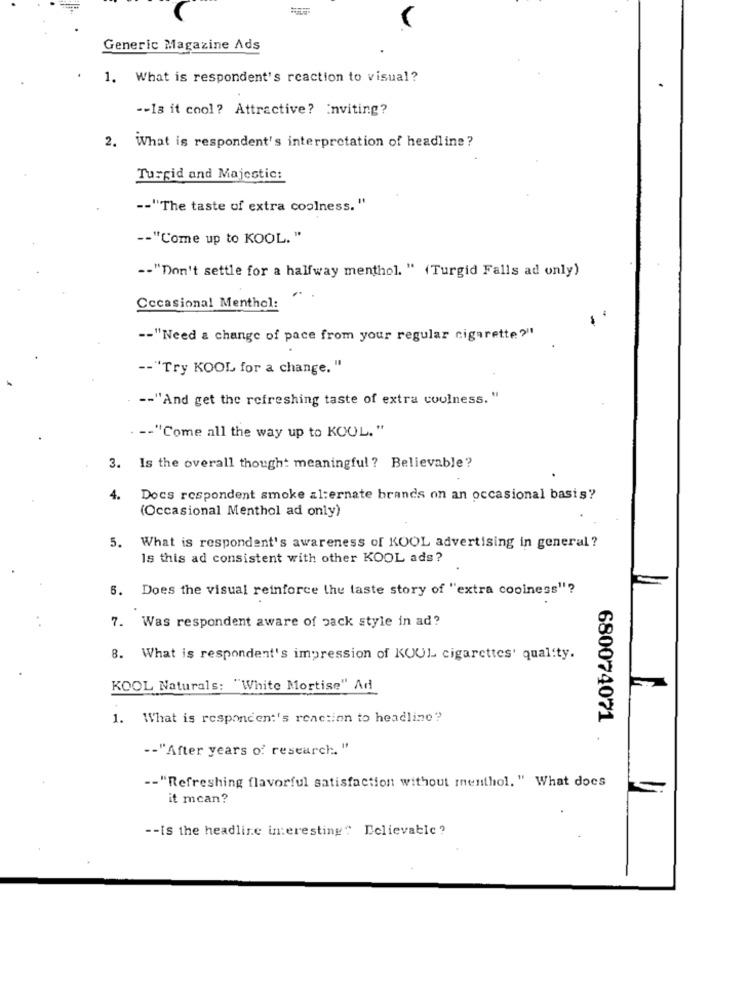
V.
Generic Magazine Ads
1. What is respondent's reaction to visual?
-- 18 it cool? Attractive? inviting?
2. What is respondent's interpretation of headline?
Turgid and Majestic:
-- "The taste of extra coolness. "
-- "Come up to KOOL. "
-- "Don't settle for a halfway menthol. " (Turgid Falls ad only)
Occasional Menthol:
-- "Need a change of pace from your regular cigarette "
-- "Try KOOL for a change. "
. -- "And get the refreshing taste of extra coulness. "
. -- "Come all the way up to KOOL. "
3. Is the overall thought meaningful ? Believable?
4.
Docs respondent smoke alternate brands on an occasional basis?
(Occasional Menthol ad only)
5. What is respondent's awareness of KOOL advertising in general ?
Is this ad consistent with other KOOL ads?
6. Does the visual reinforce the taste story of "extra coolness"?
7. Was respondent aware of pack style in ad?
8. What is respondent's impression of KUUL cigarettes' quality.
KOOL Naturals: "White Mortise" Ad
1. What is respondent's reaction to headline?
680074071
-- "After years of research. "
-- "Refreshing flavorful satisfaction without menthol. " What does
it mcan?
-- IS the headline interesting" Believable?